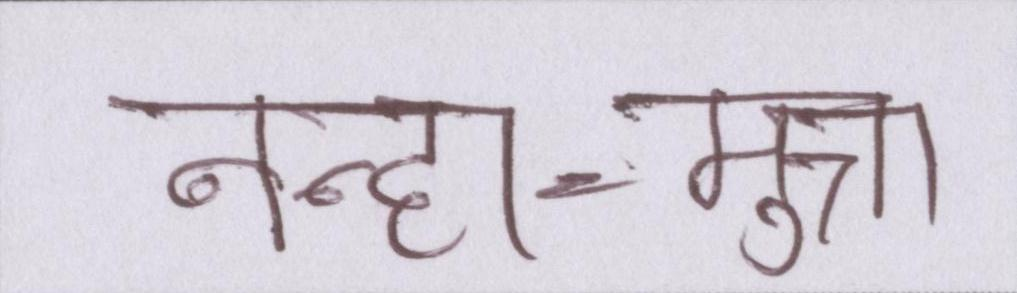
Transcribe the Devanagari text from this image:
नन्हा-मुन्ना